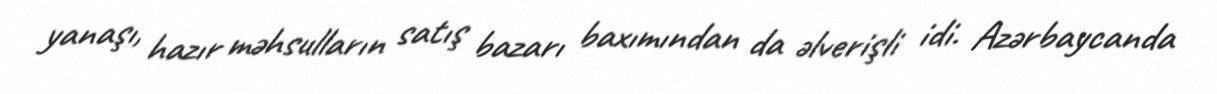
yanaşı, hazır məhsulların satış bazarı baxımından da əlverişli idi. Azərbaycanda